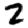
Digit: 2